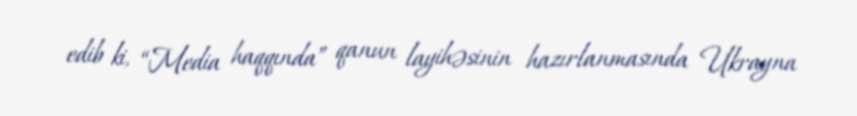
edib ki, “Media haqqında” qanun layihəsinin hazırlanmasında Ukrayna